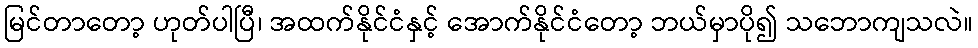
မြင်တာတော့ ဟုတ်ပါပြီ၊ အထက်နိုင်ငံနှင့် အောက်နိုင်ငံတော့ ဘယ်မှာပို၍ သဘောကျသလဲ။